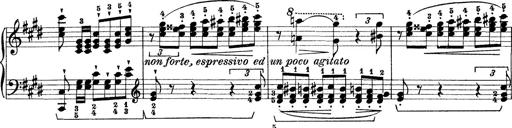
Title: Rapsodie: 19 ungheresi, 1 spagnuola
Composer: Franz Liszt